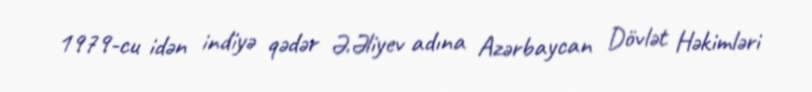
1979-cu idən indiyə qədər Ə.Əliyev adına Azərbaycan Dövlət Həkimləri